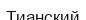
Тианский